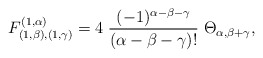
\begin{align*}F^{(1,\alpha)}_{(1,\beta),(1,\gamma)}=4\;\frac{(-1)^{\alpha-\beta-\gamma}}{(\alpha-\beta-\gamma)!}\;\Theta_{\alpha,\beta+\gamma},\end{align*}